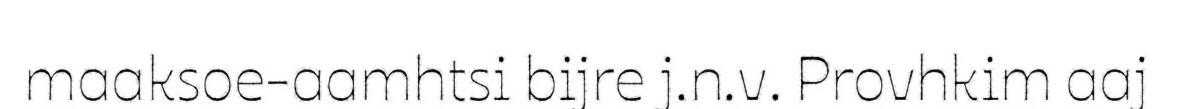
maaksoe-aamhtsi bijre j.n.v. Provhkim aaj